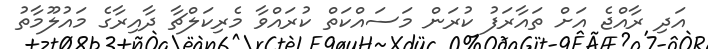
އަދި ރާއްޖެ އަށް ތައާރަފު ކުރަން މަސައްކަތް ކުރައްވާ މެރިކަލްޗާ ދާއިރާގެ މައުލޫމާތު